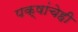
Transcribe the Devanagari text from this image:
पक्षांचेही